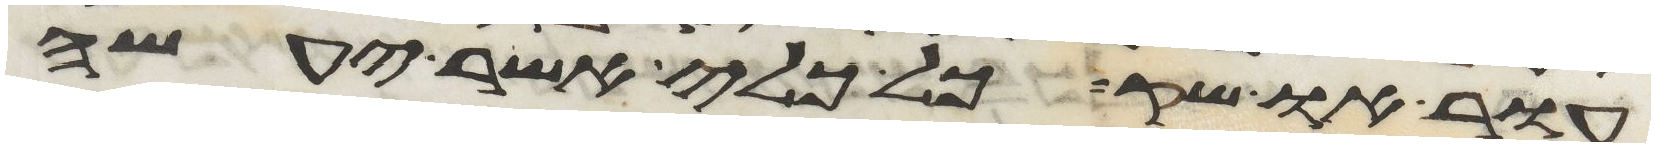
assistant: עור או שק כל כלי אשר יעשה